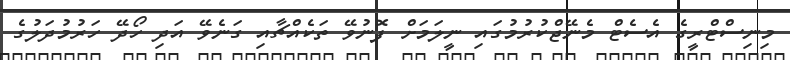
މިނިސްޓްރީގެ އެސެޓް މެނޭޖްކުރުމުގައި ނީލަމަށް ފޮނުވޭ ތަކެއްޗާއި ގަނެވޭ އަދި ހޯދޭ ހަރުމުދަލުގެ